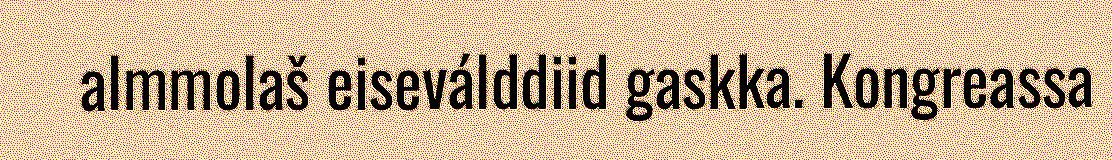
almmolaš eiseválddiid gaskka. Kongreassa